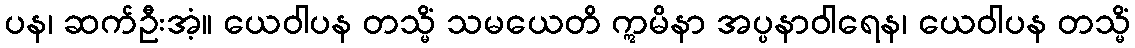
ပန၊ ဆက်ဦးအံ့။ ယေဝါပန တသ္မိံ သမယေတိ ဣမိနာ အပ္ပနာဝါရေန၊ ယေဝါပန တသ္မိံ